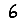
Digit: 6